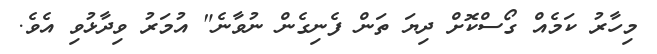
މިހާރު ކަމެއް ގޯސްކޮށް ދިޔަ ތަން ފެނިގެން ނުވާނެ" އުމަރު ވިދާޅުވި އެެވެ.